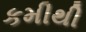
કમીથી